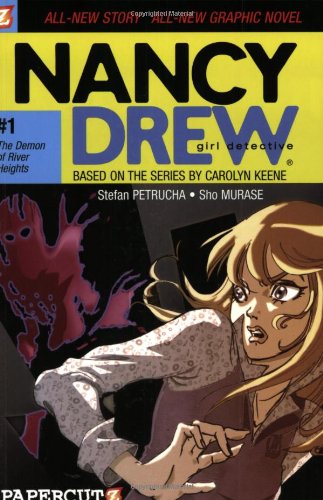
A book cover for The Demon of River Heights (Nancy Drew Graphic Novels: Girl Detective #1); Stefan Petrucha; Humor & Entertainment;